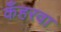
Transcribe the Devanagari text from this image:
कँहरवा